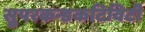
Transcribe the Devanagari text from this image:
सुपरकन्डकटिविटी